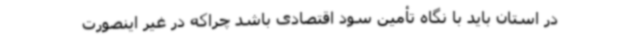
در استان باید با نگاه تأمین سود اقتصادی باشد چراکه در غیر اینصورت